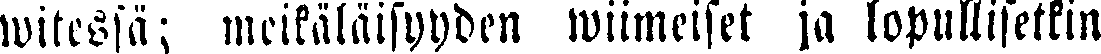
witessä; meikäläisyyden wiimeiset ja lopullisetkin